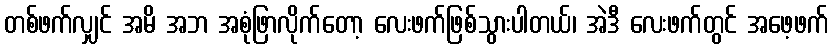
တစ်ဖက်လျှင် အမိ အဘ အစုံဖြာလိုက်တော့ လေးဖက်ဖြစ်သွားပါတယ်၊ အဲဒီ လေးဖက်တွင် အဖေ့ဖက်